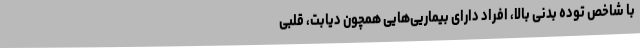
با شاخص توده بدنی بالا، افراد دارای بیماریی‌هایی همچون دیابت، قلبی